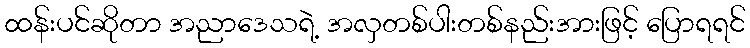
ထန်းပင်ဆိုတာ အညာဒေသရဲ့ အလှတစ်ပါးတစ်နည်းအားဖြင့် ပြောရရင်